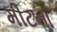
મીટના